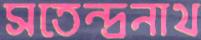
সতেন্দ্রনাথ